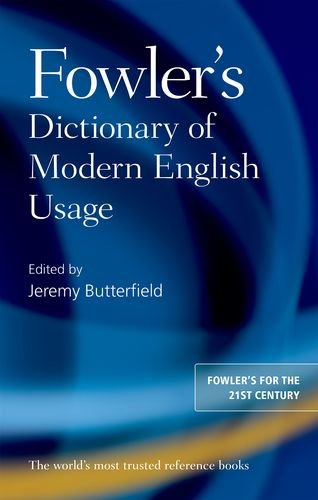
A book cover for Fowler's Dictionary of Modern English Usage; Politics & Social Sciences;